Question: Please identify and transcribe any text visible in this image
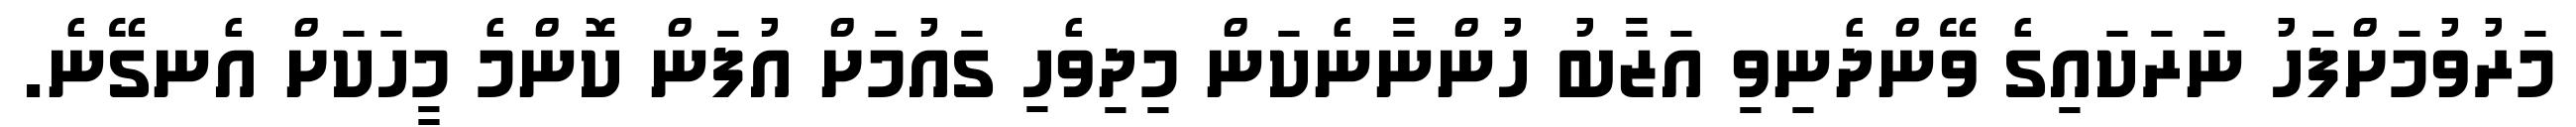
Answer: މަރުވުމަށްފަހު ނަރަކައިގެ ވޭންދެނިވި އަޒާބު ހުންނާނެކަން މިދިވެހި ގައުމަށް އުފަން ކޮންމެ މީހަކަށް އެނގޭނެ.